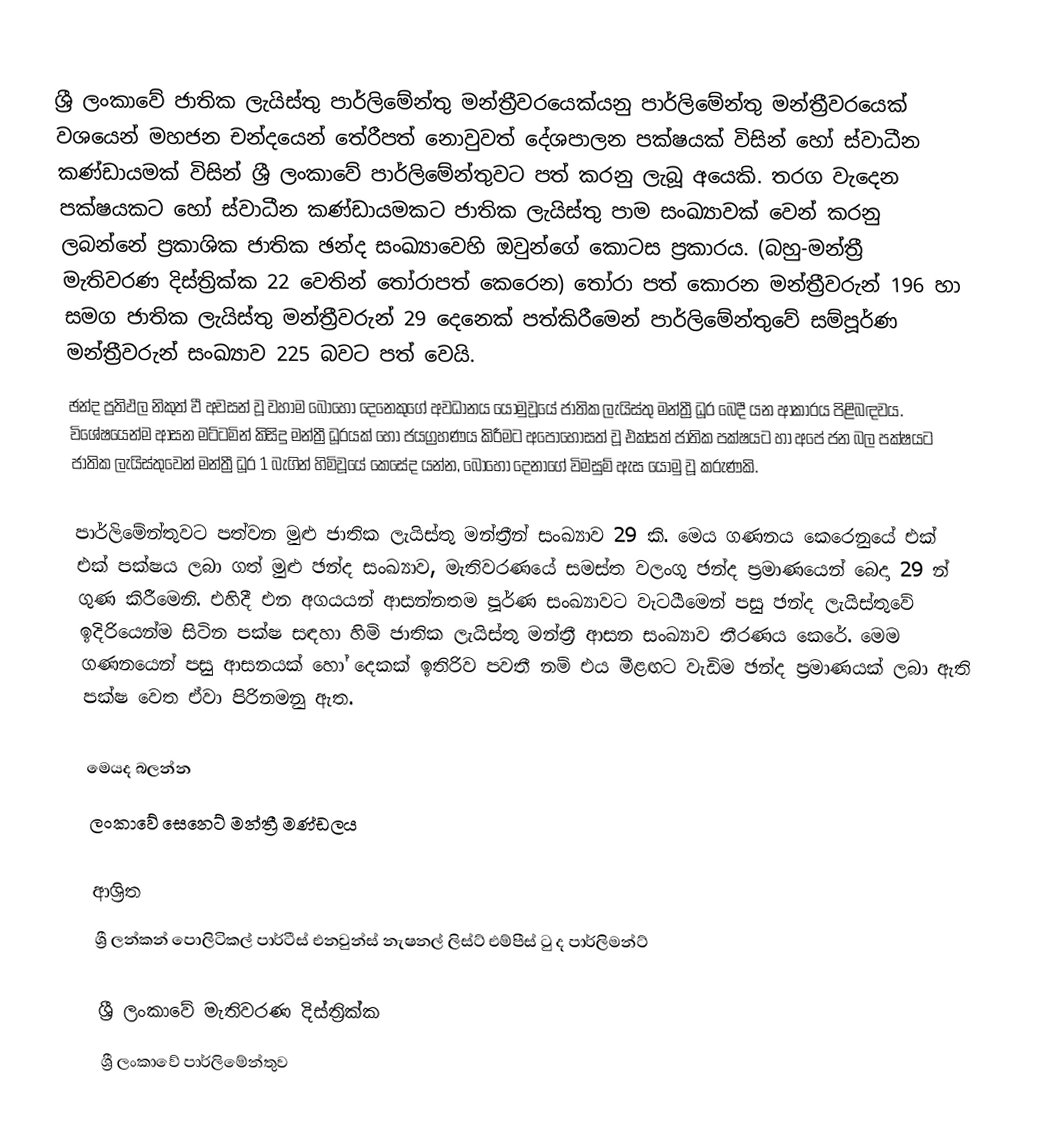
ශ්‍රී ලංකාවේ ජාතික ලැයිස්තු පාර්ලිමේන්තු මන්ත්‍රීවරයෙක්යනු පාර්ලිමේන්තු මන්ත්‍රීවරයෙක් වශයෙන් මහජන චන්දයෙන් තේරීපත් නොවුවත් දේශපාලන පක්ෂයක් විසින් හෝ ස්වාධීන කණ්ඩායමක් විසින් ශ්‍රී ලංකාවේ පාර්ලිමේන්තුවට පත් කරනු ලැබූ අයෙකි. තරග වැදෙන පක්ෂයකට හෝ ස්වාධීන කණ්ඩායමකට ජාතික ලැයිස්තු පාම සංඛ්‍යාවක් වෙන් කරනු ලබන්නේ ප්‍රකාශික ජාතික ඡන්ද සංඛ්‍යාවෙහි ඔවුන්ගේ කොටස ප්‍රකාරය. (බහු-මන්ත්‍රී මැතිවරණ දිස්ත්‍රික්ක 22 වෙතින් තෝරාපත් කෙරෙන) තෝරා පත් කොරන මන්ත්‍රීවරුන් 196 හා සමග ජාතික ලැයිස්තු මන්ත්‍රීවරුන් 29 දෙනෙක් පත්කිරීමෙන් පාර්ලිමේන්තුවේ සම්පූර්ණ මන්ත්‍රීවරුන් සංඛ්‍යාව 225 බවට පත් වෙයි.
ඡන්ද ප්‍රතිඵල නිකුත් වී අවසන් වූ වහාම බොහෝ දෙනෙකුගේ අවධානය යොමුවූයේ ජාතික ලැයිස්තු මන්ත්‍රී ධූර බෙදී යන ආකාරය පිළිබඳවය. විශේෂයෙන්ම ආසන මට්ටමින් කිසිදු මන්ත්‍රී ධූරයක් හෝ ජයග්‍රහණය කිරීමට අපොහොසත් වූ එක්සත් ජාතික පක්ෂයට හා අපේ ජන බල පක්ෂයට ජාතික ලැයිස්තුවෙන් මන්ත්‍රී ධූර 1 බැගින් හිමිවූයේ කෙසේද යන්න, බොහෝ දෙනාගේ විමසුම් ඇස යොමු වූ කරුණකි.

පාර්ලිමේන්තුවට පත්වන මුළු ජාතික ලැයිස්තු මන්ත්‍රීන් සංඛ්‍යාව 29 කි. මෙය ගණනය කෙරෙනුයේ එක් එක් පක්ෂය ලබා ගත් මුළු ඡන්ද සංඛ්‍යාව, මැතිවරණයේ සමස්ත වලංගු ඡන්ද ප්‍රමාණයෙන් බෙදා 29 න් ගුණ කිරීමෙනි. එහිදී එන අගයයන් ආසන්නතම පූර්ණ සංඛ්‍යාවට වැටයීමෙන් පසු ඡන්ද ලැයිස්තුවේ ඉදිරියෙන්ම සිටින පක්ෂ සඳහා හිමි ජාතික ලැයිස්තු මන්ත්‍රී ආසන සංඛ්‍යාව තීරණය කෙරේ. මෙම ගණනයෙන් පසු ආසනයක් හෝ දෙකක් ඉතිරිව පවතී නම් එය මීළඟට වැඩිම ඡන්ද ප්‍රමාණයක් ලබා ඇති පක්ෂ වෙත ඒවා පිරිනමනු ඇත.

මෙයද බලන්න
ලංකාවේ සෙනෙට් මන්ත්‍රී මණ්ඩලය

ආශ්‍රිත
ශ්‍රී ලන්කන් පොලිටිකල් පාර්ටීස් එනවුන්ස් නැෂනල් ලිස්ට් එම්පීස් ටු ද පාර්ලිමන්ට්

ශ්‍රී ලංකාවේ මැතිවරණ දිස්ත්‍රික්ක
ශ්‍රී ලංකාවේ පාර්ලිමේන්තුව